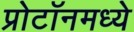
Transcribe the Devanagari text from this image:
प्रोटॉनमध्ये